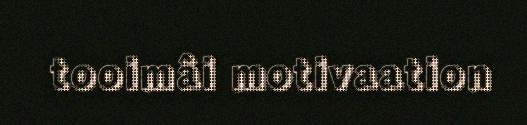
tooimâi motivaation